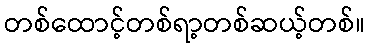
တစ်ထောင့်တစ်ရာ့တစ်ဆယ့်တစ်။